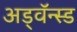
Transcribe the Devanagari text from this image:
अड्वॅन्स्ड